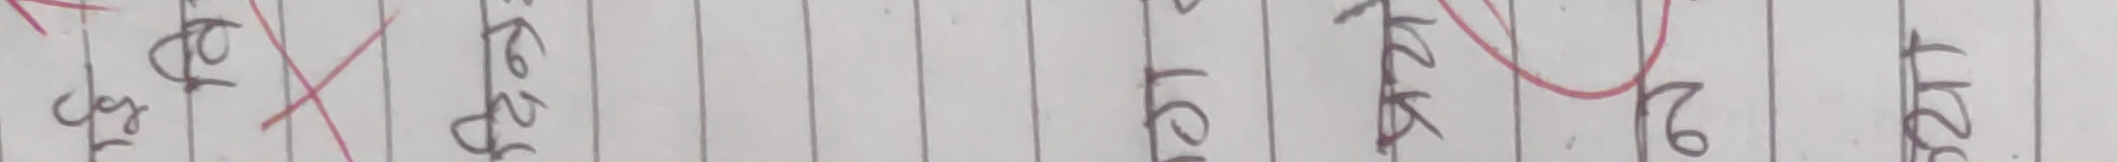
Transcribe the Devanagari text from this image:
८ ज्ये १ १० १६ २४ १ १० १५ २ १५ २१